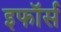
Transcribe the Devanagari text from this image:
इफॉर्स